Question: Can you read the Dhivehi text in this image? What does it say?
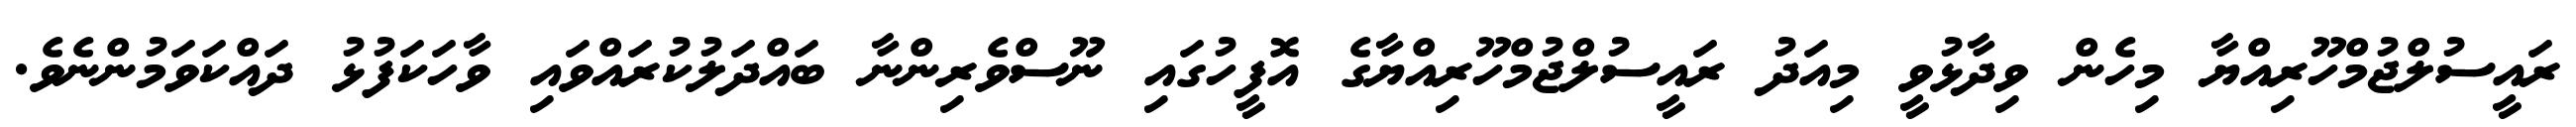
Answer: ރައީސުލްޖުމްހޫރިއްޔާ މިހެން ވިދާޅުވީ މިއަދު ރައީސުލްޖުމްހޫރިއްޔާގެ އޮފީހުގައި ނޫސްވެރިންނާ ބައްދަލުކުރައްވައި ވާހަކަފުޅު ދައްކަވަމުންނެވެ.